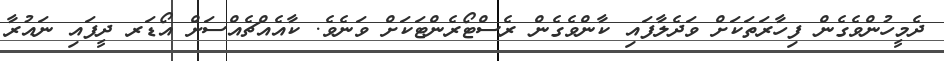
ދެމީހުންވެގެން ފިހާރަތަކަށް ވަދެލާފައި ކާންވެގެން ރެސްޓޯރެންޓަކަށް ވަނެވެ. ކާއެއްޗެއްސަށް އޯޑަރ ދީފައި ނައުރާ